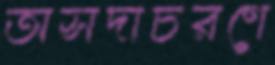
অসদাচরণে